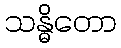
သန္ဓိတော